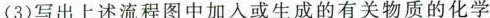
(3)写出上述流程图中加入或生成的有关物质的化学